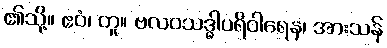
၏သို့။ ဧဝံ၊ တူ။ ဗလဝသဒ္ဓါပရိဝါရေန၊ အားသန်